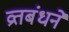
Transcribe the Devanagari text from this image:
व्रतबंधने